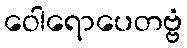
ဝေါရောပေတဗ္ဗံ